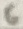
Text: 6